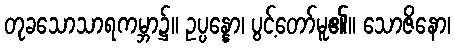
တုခသောသာရကမ္ဘာ၌။ ဥပ္ပန္နော၊ ပွင့်တော်မူ၏။ သောဇိနော၊